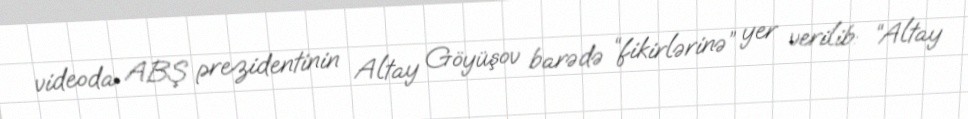
videoda ABŞ prezidentinin Altay Göyüşov barədə “fikirlərinə” yer verilib: “Altay